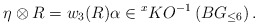
\begin{align*}\eta\otimes R = w_3(R)\alpha \in {}^x KO^{-1}\left(BG_{\le 6}\right).\end{align*}